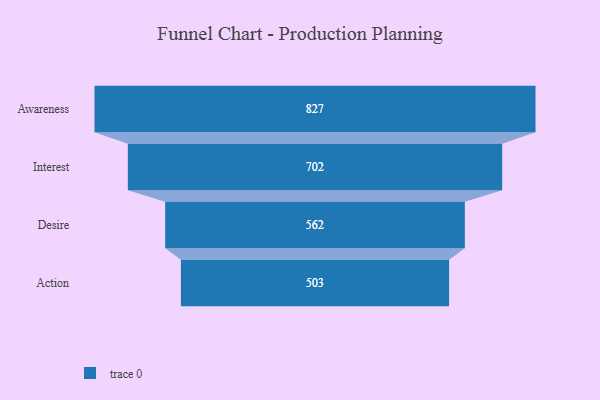
{"axis": {"x": "Stage", "y": "Value"}, "legend": [""], "data": [{"x": "Awareness", "y": 827.0, "type": ""}, {"x": "Interest", "y": 702.0, "type": ""}, {"x": "Desire", "y": 562.0, "type": ""}, {"x": "Action", "y": 503.0, "type": ""}]}